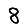
Digit: 8